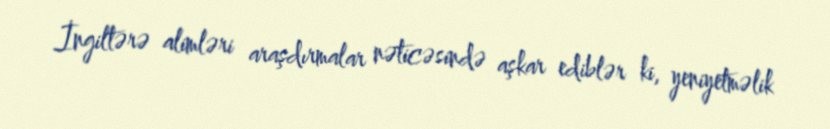
İngiltərə alimləri araşdırmalar nəticəsində aşkar ediblər ki, yeniyetməlik